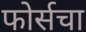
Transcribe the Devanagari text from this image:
फोर्सचा